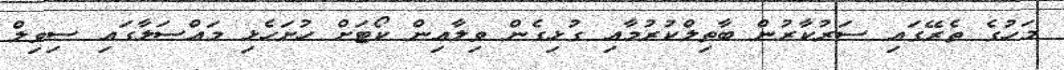
މަހުގެ ތެރޭގައި ސަރުކާރުން ބާތިލްކުރުމާއި ގުޅިގެން ވިލާއިން ކޯޓަށް ހުށަހެޅި މައްސަލާގައި ސިވިލް